65_HS1-834228961_62-HQ-83894_Section_2
Agency: FBI
Page 113
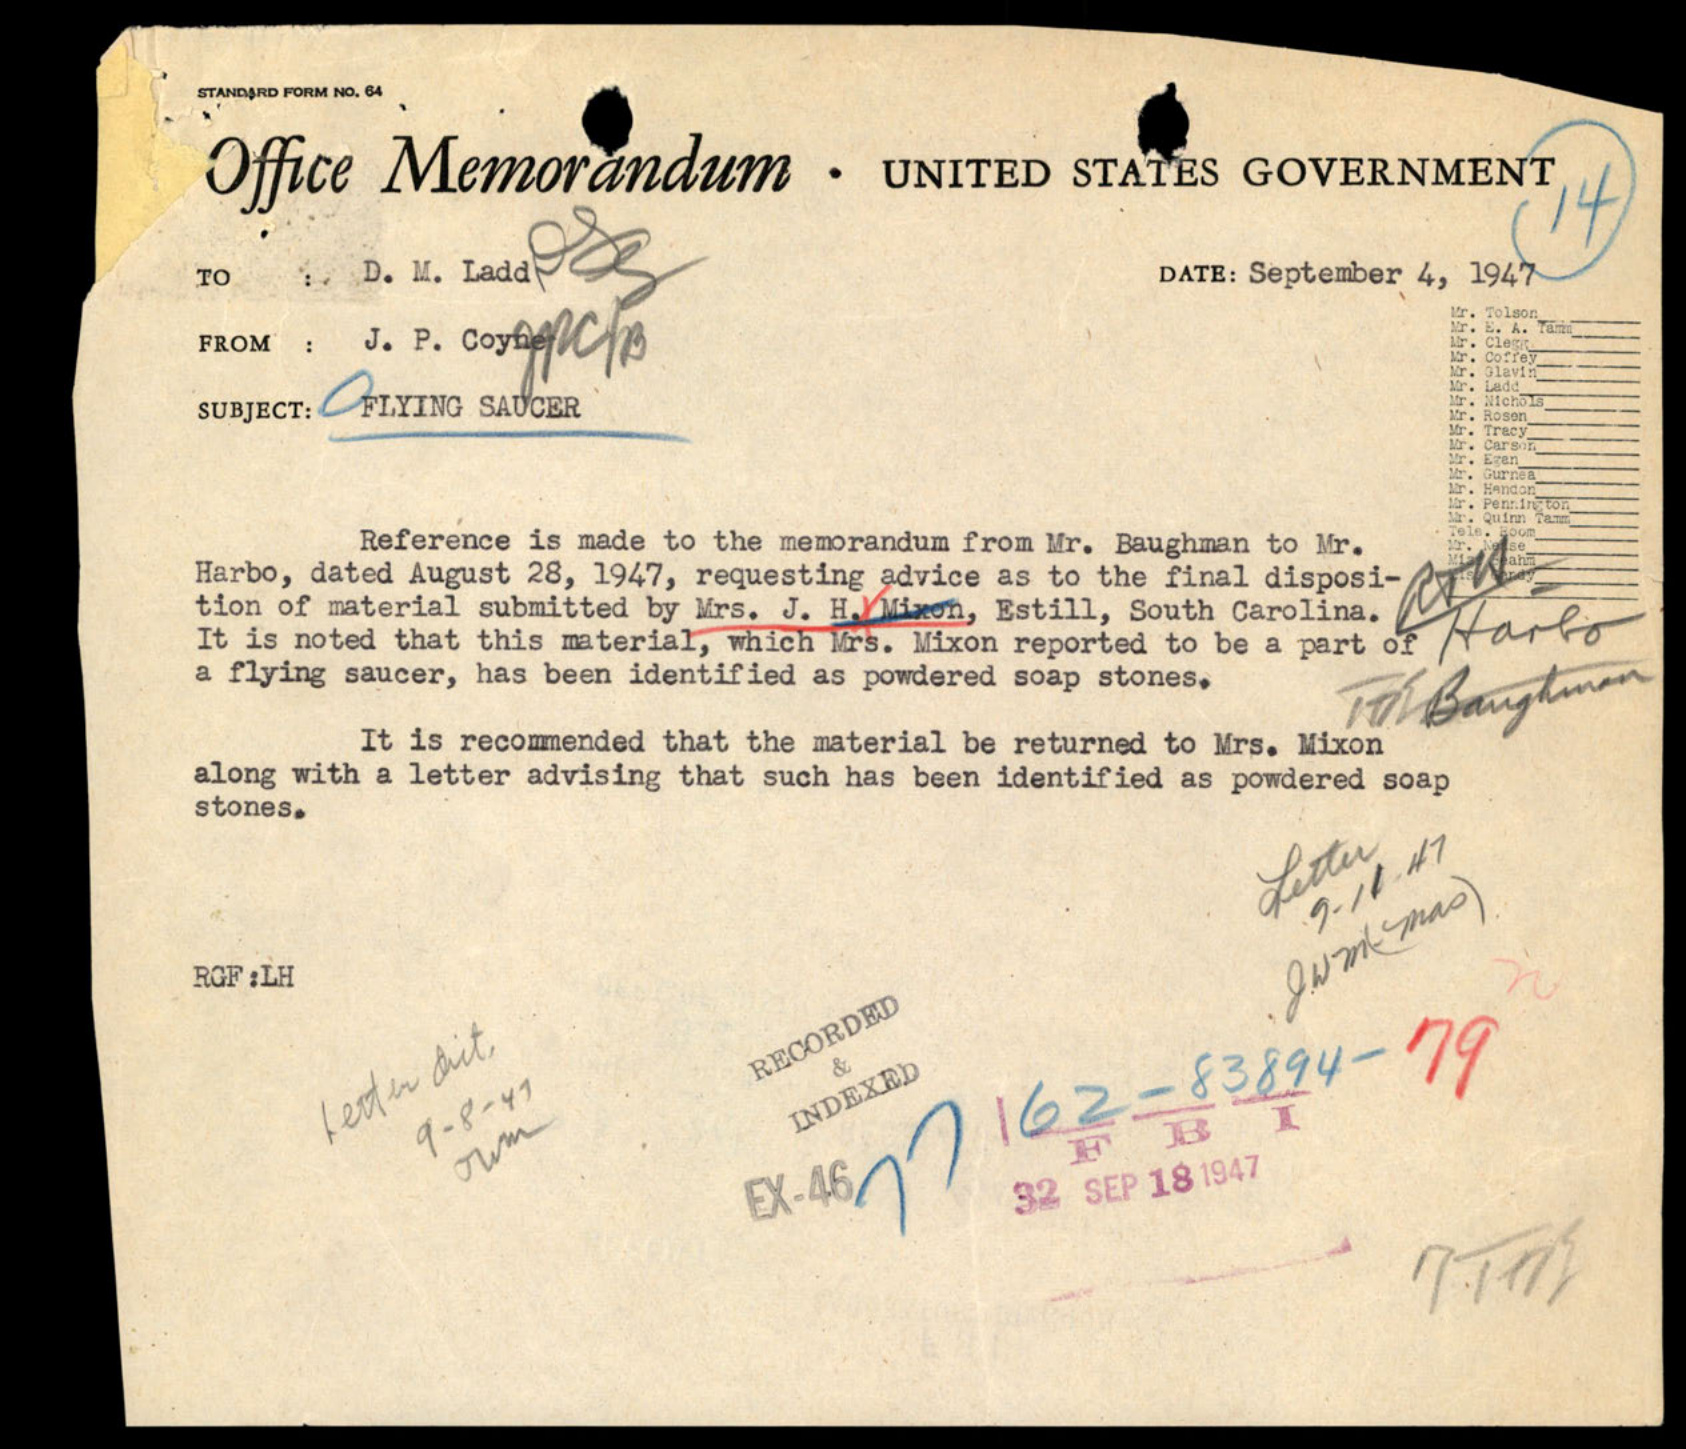